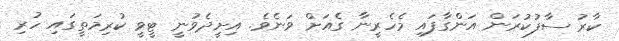
ކާރު ސާފުކުރަން އަންގާފައި މެހެރީނާ ގެއަށް ވަނެވެ. އިށީދެވުނީ ޓީވީ ކުރިމަތީގައި ހުރި